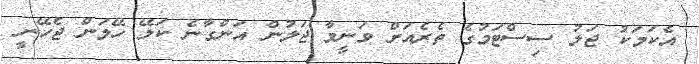
އެކަމަކު ޖަލު ސިސްޓަމުގެ ތެރެއަށް ވަނީމާ ޖަލުން އަންގާނެ ކަލޭ ހޭލަން ޖެހޭނީ